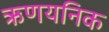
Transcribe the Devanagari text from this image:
ऋणयनिक